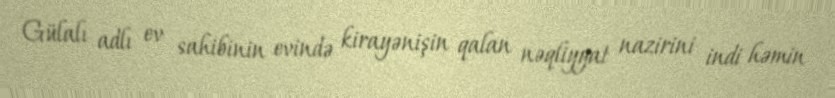
Gülalı adlı ev sahibinin evində kirayənişin qalan nəqliyyat nazirini indi həmin